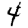
Digit: 4